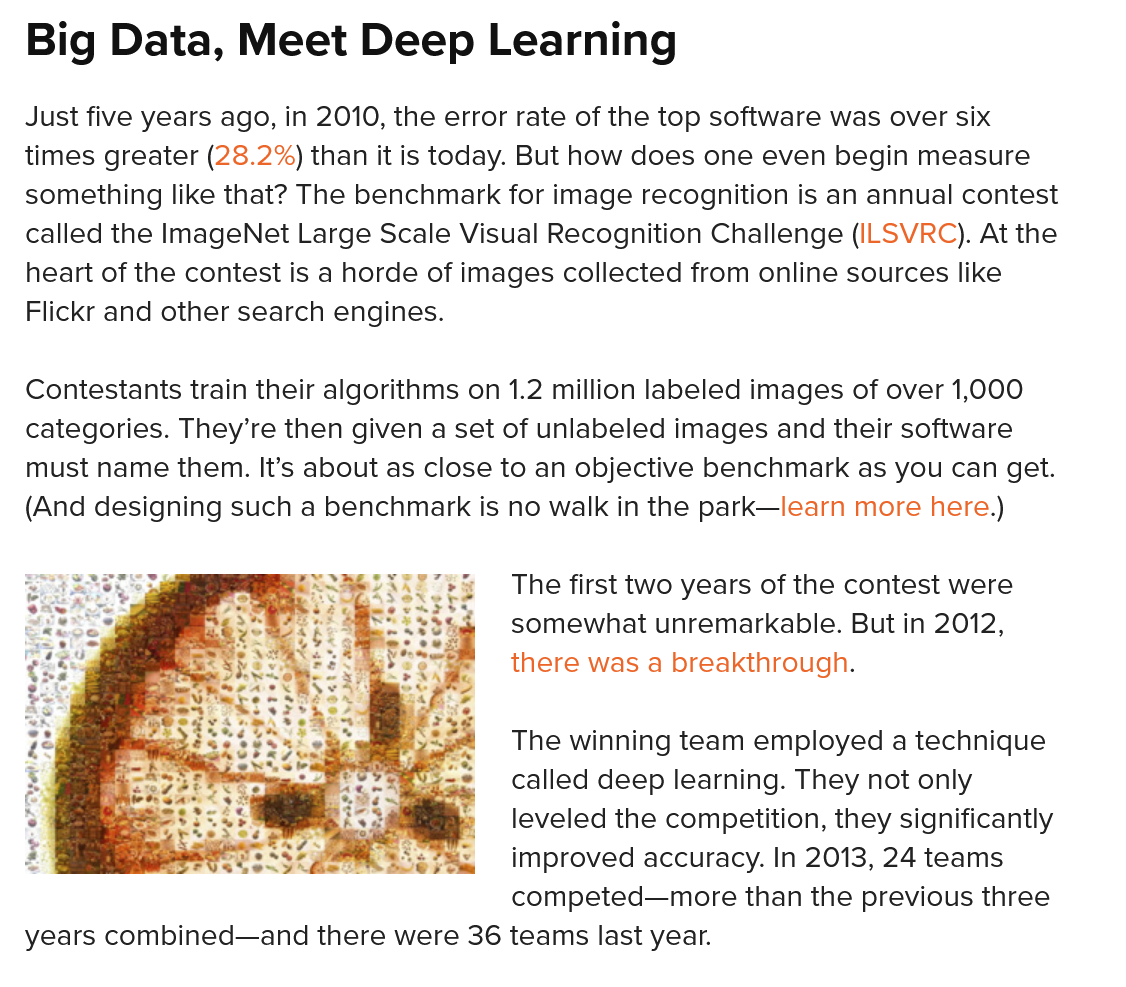
Big   Data,    Meet    Deep    Learning
  Just five years ago, in 2010, the error rate of the top software was over six
  times greater (28.2%) than it is today. But how does one even begin measure
  something like that? The benchmark for image recognition is an annual contest
  called the ImageNet Large Scale Visual Recognition Challenge (ILSVRC). At the
  heart of the contest is a horde of images collected from online sources like
  Flickr and other search engines.
  Contestants train their algorithms on 1.2 million labeled images of over 1,000
  categories. They’re then given a set of unlabeled images and their software
  must name them. It’s about as close to an objective benchmark as you can get.
  (And designing such a benchmark is no walk in the park—learn more here.)
     The first two years of the contest were
     somewhat  unremarkable. But in 2012,
     there was a breakthrough.
     The winning team employed a technique
     called deep learning. They not only
     leveled the competition, they significantly
     improved accuracy. In 2013, 24 teams
     competed—more than the  previous three
  years combined—and there were 36 teams last year.

     Aes
     Leen
     \e
     ie
     4
     a8